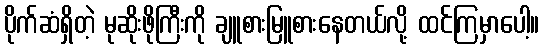
ပိုက်ဆံရှိတဲ့ မုဆိုးဖိုကြီးကို ချူစားမြူစားနေတယ်လို့ ထင်ကြမှာပေါ့။